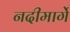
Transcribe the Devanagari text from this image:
नदीमार्गे